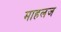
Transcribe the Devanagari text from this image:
माहलज